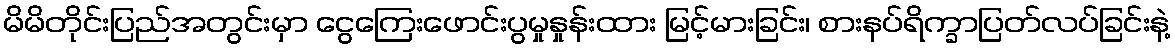
မိမိတိုင်းပြည်အတွင်းမှာ ငွေကြေးဖောင်းပွမှုနှုန်းထား မြင့်မားခြင်း၊ စားနပ်ရိက္ခာပြတ်လပ်ခြင်းနဲ့